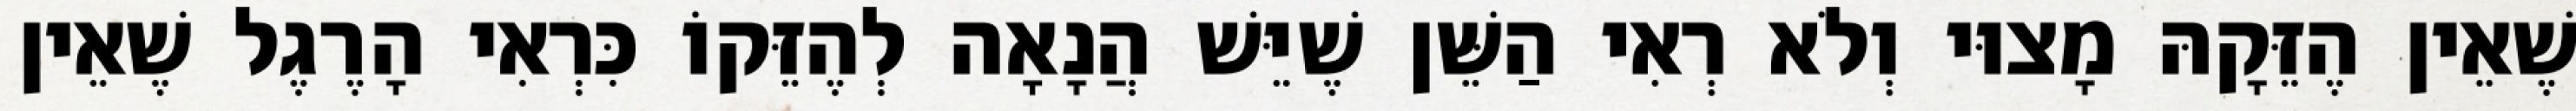
שֶׁאֵין הֶזֵּקָהּ מָצוּי וְלֹא רְאִי הַשֵּׁן שֶׁיֵּשׁ הֲנָאָה לְהֶזֵּקוֹ כִּרְאִי הָרֶגֶל שֶׁאֵין